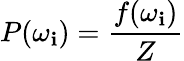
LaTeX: P(\omega_{\mathbf{i}})=\frac{{f(\omega_{\mathbf{i}})}}{{Z}}